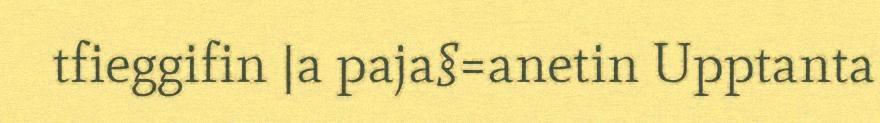
tfieggifin |a paja§=anetin Upptanta